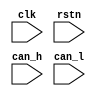
module can_top(
    input   wire    clk     ,
    input   wire    rstn    ,

    input   wire    can_h   ,
    input   wire    can_l

);



endmodule